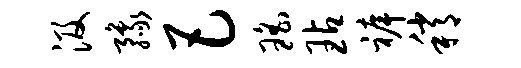
汲豫巴瑶玷裤稍